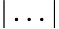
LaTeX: |\ldots|